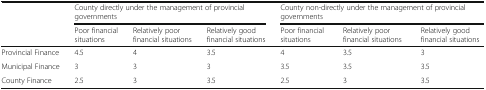
<table><thead><tr><td></td><td colspan="3"><b>County directly under the management of provincial governments</b></td><td colspan="3"><b>County non-directly under the management of provincial governments</b></td></tr><tr><td></td><td><b>Poor financial situations</b></td><td><b>Relatively poor financial situations</b></td><td><b>Relatively good financial situations</b></td><td><b>Poor financial situations</b></td><td><b>Relatively poor financial situations</b></td><td><b>Relatively good financial situations</b></td></tr></thead><tbody><tr><td>Provincial Finance</td><td>4.5</td><td>4</td><td>3.5</td><td>4</td><td>3.5</td><td>3</td></tr><tr><td>Municipal Finance</td><td>3</td><td>3</td><td>3</td><td>3.5</td><td>3.5</td><td>3.5</td></tr><tr><td>County Finance</td><td>2.5</td><td>3</td><td>3.5</td><td>2.5</td><td>3</td><td>3.5</td></tr></tbody></table>